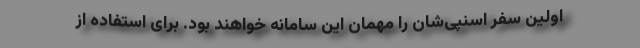
اولین سفر اسنپی‌شان را مهمان این سامانه خواهند بود. برای استفاده از